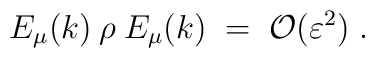
E_\mu(k) \:\rho\: E_\mu(k) \;=\; {\cal{O}}(\varepsilon^2)\;.